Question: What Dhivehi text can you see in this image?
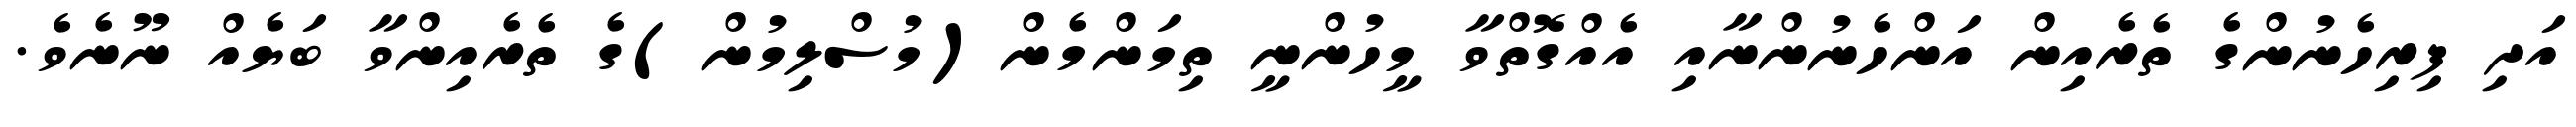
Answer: އަދި ފިރިހެނުންގެ ތެރެއިން އަންހެނުންނާއި އެއްގޮތްވާ މީހުންނީ ތިމަންމެން(މުސްލިމުން)ގެ ތެރެއިންވާ ބަޔެއް ނޫނެވެ.